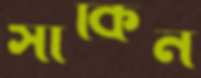
সাকিন